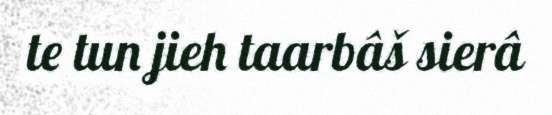
te tun jieh taarbâš sierâ